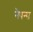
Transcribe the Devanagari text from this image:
नैषन्स